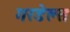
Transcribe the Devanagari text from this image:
गरडेल्स